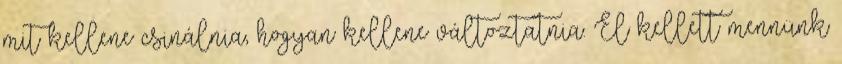
mit kellene csinálnia, hogyan kellene változtatnia. El kellett mennünk